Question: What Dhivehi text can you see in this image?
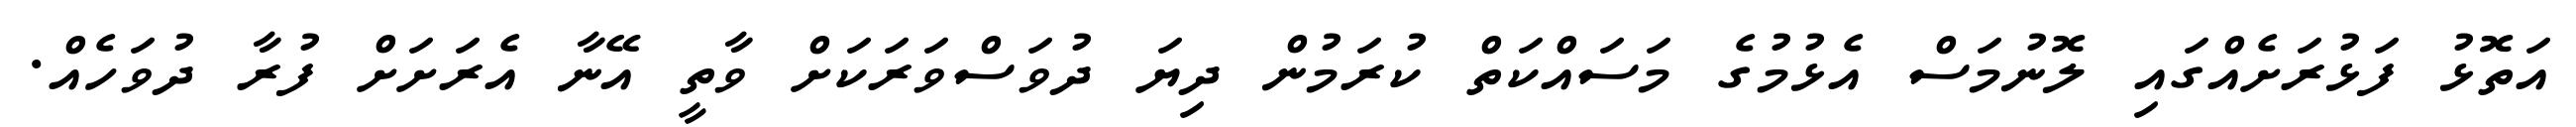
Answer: އަތޮޅު ފަޅުރަށެއްގައި ލޮނުމަސް އެޅުމުގެ މަސައްކަތް ކުރަމުން ދިޔަ ދުވަސްވަރަކަށް ވާތީ އޭނާ އެރަށަށް ފުރާ ދުވަހެއް.